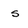
Character: s